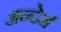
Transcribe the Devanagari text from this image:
अन्देर्स